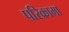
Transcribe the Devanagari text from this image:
परिक्रामा